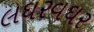
લઘરવઘર